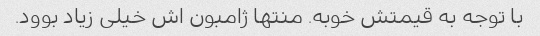
با توجه به قیمتش خوبه. منتها ژامبون اش خیلی زیاد بوود.